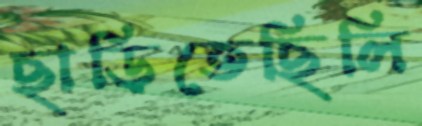
ছাড়িতেছিলি